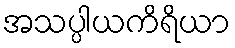
အသပ္ပါယကိရိယာ